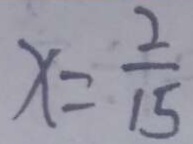
x = \frac { 2 } { 1 5 }